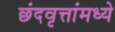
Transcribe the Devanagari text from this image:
छंदवृत्तांमध्ये